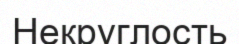
Некруглость